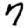
Digit: 7